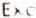
EXC